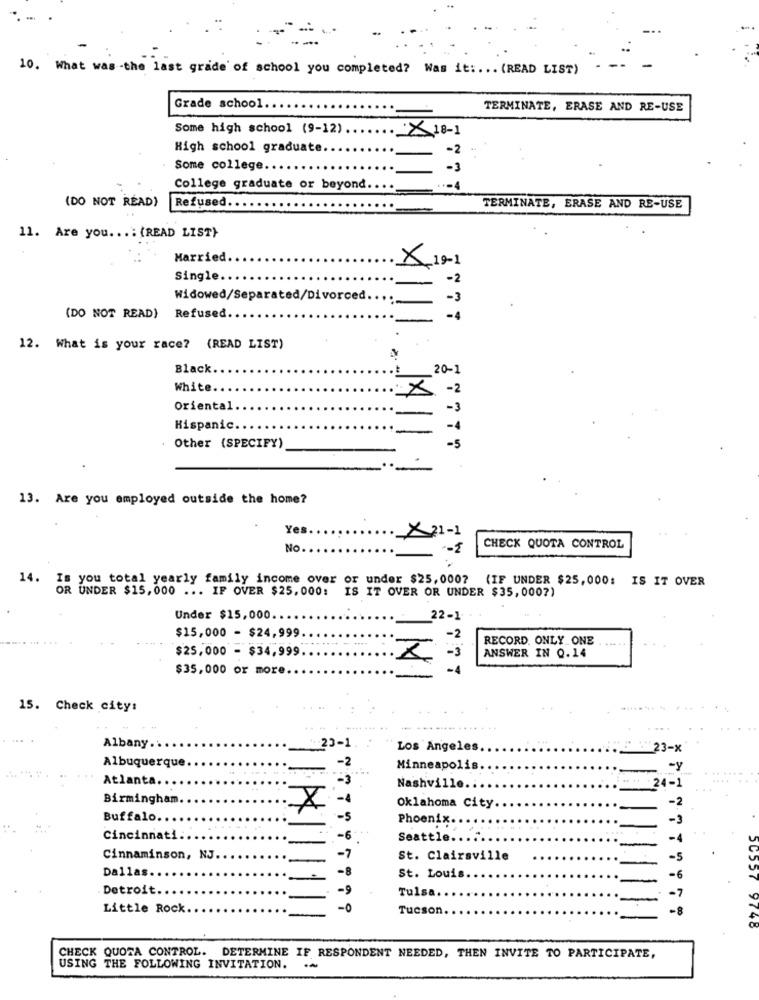
- - .
10. What was the last grade of school you completed? Was it .... (READ LIST)
Grade school.
TERMINATE, ERASE AND RE-USE
Some high school (9-12)
× 18-1
High school graduate.
-2
Some college.
College graduate or beyond.
... 4
(DO NOT READ)
Refused ..
TERMINATE, ERASE AND RE-USE
11. Are you ...: (READ LIST}
Married
X 19-1
Single.
-2
Widowed/Separated/Divorced
-3
(DO NOT READ)
Refuse
-4
12. What is your race? (READ LIST)
Black.
20-1
White.
-2
×
Oriental
Hispanic.
. Other (SPECIFY)
13. Are you employed outside the home?
Yes.
× 21-1
No.
CHECK QUOTA CONTROL
14.
Is you total yearly family income over or under $25,000? (IF UNDER $25,000: IS IT OVER
OR UNDER $15,000 ... IF OVER $25,000:
IS IT OVER OR UNDER $35,0007)
Under $15,000.
22-1
$15,000 - $24,999
RECORD. ONLY ONE
$25,000 - $34,999
ANSWER IN 0.14
$35,000 or more.
15. Check city:
...
Albany.
:23-1
Los Angeles
23-x
Albuquerque
Minneapolis
Atlanta ..
24-1
Nashville
Birmingham.
Oklahoma City.
Buffalo
Phoenix
Cincinnati
Seattle ..
Cinnaminson, NJ.
-7
St. Clairsville
-5
Dallas.
-8
-6
St. Louis ..
Detroit.
-9
Tulsa.
Little Rock
-0
Tucson
-8
9748
CHECK QUOTA CONTROL. DETERMINE IF RESPONDENT NEEDED, THEN INVITE TO PARTICIPATE,
USING THE FOLLOWING INVITATION.